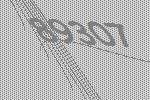
89307